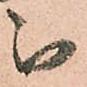
被